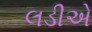
લડીએ